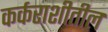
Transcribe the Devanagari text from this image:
कर्कराशीतील